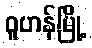
ဝူဟန်မြို့